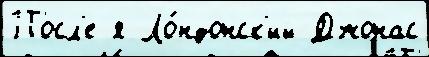
Посл'е я Ло́ндонск'ий Джонас